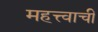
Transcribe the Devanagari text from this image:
महत्त्वाचीं